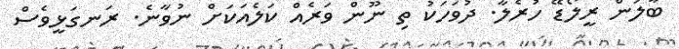
ބާލަން ރީލޯޑޭ ހުރެލާ. ދުވަހަކު ތި ނޫން ވަރެއް ކަލެއަކަށް ނުވާނެ. ރަނގަޅީވެސް